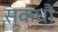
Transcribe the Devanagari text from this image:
स्कंधौ